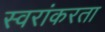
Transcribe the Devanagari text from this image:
स्वरांकरता